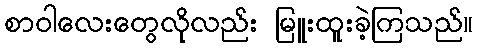
စာဝါလေးတွေလိုလည်း မြူးထူးခဲ့ကြသည်။